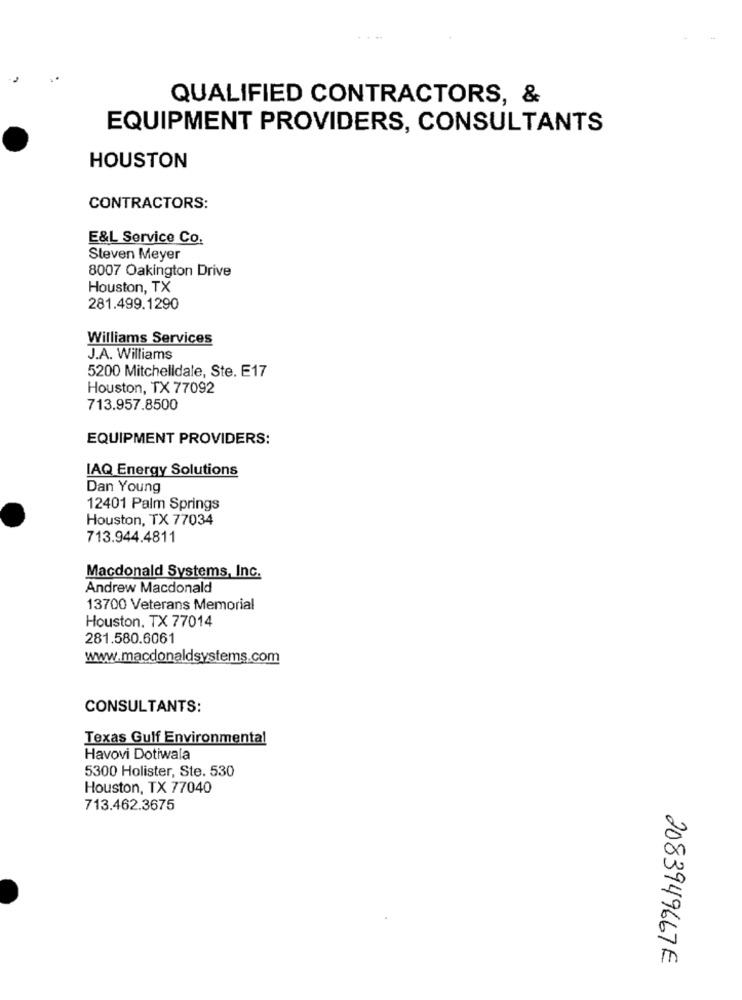
QUALIFIED CONTRACTORS, &
EQUIPMENT PROVIDERS, CONSULTANTS
HOUSTON
CONTRACTORS:
E&L Service Co.
Steven Meyer
8007 Oakington Drive
Houston, TX
281.499.1290
Williams Services
J.A. Williams
5200 Mitchelldale, Ste. E17
Houston, TX 77092
713.957.8500
EQUIPMENT PROVIDERS:
IAQ Energy Solutions
Dan Young
12401 Palm Springs
Houston, TX 77034
713.944.4811
Macdonald Systems, Inc.
Andrew Macdonald
13700 Veterans Memorial
Houston, TX 77014
281.580.6061
www.macdonaldsystems.com
CONSULTANTS:
Texas Gulf Environmental
Havovi Dotiwala
5300 Holister, Ste. 530
Houston, TX 77040
713.462.3675
2083949667E